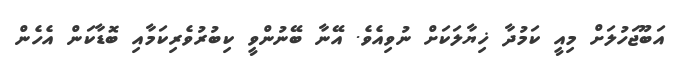
އަބޫޖަހުލަށް މިއީ ކަމުދާ ޚިޔާލަކަށް ނުވިއެވެ. އޭނާ ބޭނުންވީ ކިބުރުވެރިކަމާއި ބޮޑާކަން އެހެން